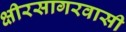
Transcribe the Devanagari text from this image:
क्षीरसागरवासी